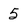
Character: 5